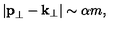
| { \bf p } _ { \perp } - { \bf k } _ { \perp } | \sim \alpha m ,